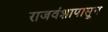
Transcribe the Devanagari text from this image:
राजवंशापासून